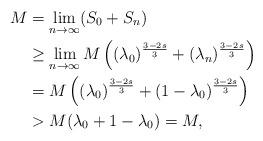
LaTeX: \begin{align*}M&=\lim_{n\rightarrow \infty}(S_0+S_n)\\&\ge\lim_{n\rightarrow \infty}M\left((\lambda_0)^{\frac{3-2s}{3}}+(\lambda_n)^{\frac{3-2s}{3}}\right)\\&= M\left((\lambda_0)^{\frac{3-2s}{3}}+(1-\lambda_0)^{\frac{3-2s}{3}}\right)\\&> M(\lambda_0+1-\lambda_0)=M,\end{align*}